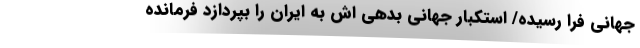
جهانی فرا رسیده/ استکبار جهانی بدهی اش به ایران را بپردازد فرمانده